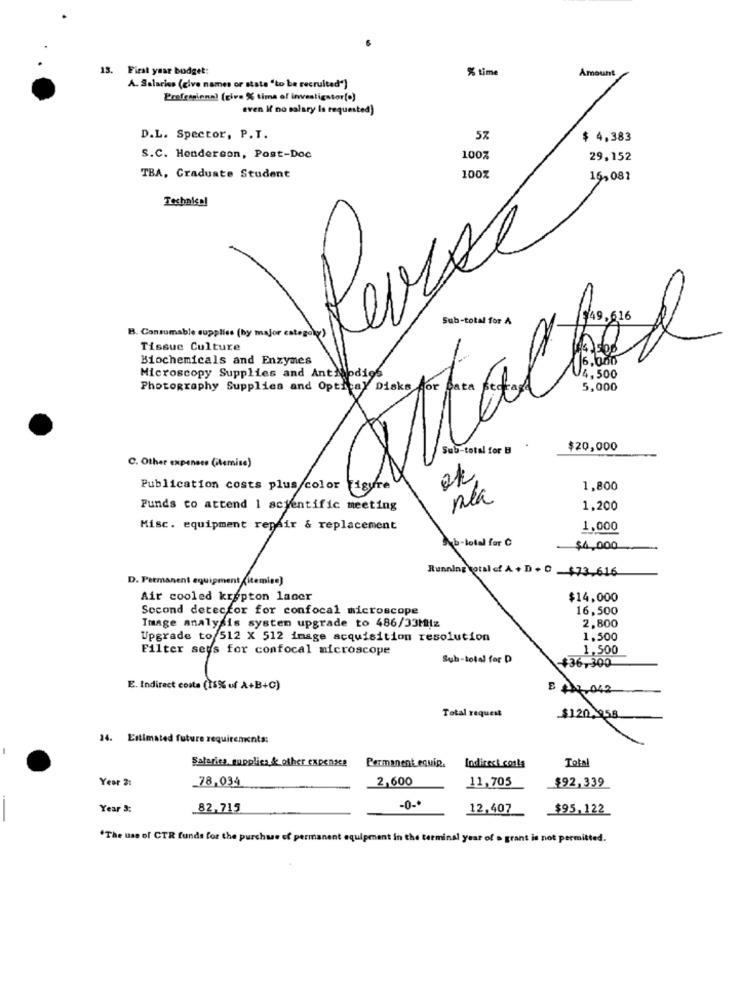
13.
First year budget:
% time
Amount
A. Salaries (give names or state "to be recruited"]
Professional (give % time of investigator[o)
even If no salary Is requested)
D.L. Spector, P.T.
5%
$ 4,383
S.C. Henderson, Post-Doc
100%
29,152
TBA, Graduate Student
15,081
Technical
Revise
Sub-total for A
B. Consumable supplies (by major category')
Tissue Culture
Biochemicals and Enzymes
Microscopy Supplies and AntNodige
$20,000
C. Other expenses (itemise)
1,800
n/a
1,200
1,000
Sub-total før C
$4,000
Running total of A + D + D . $73.616
D. Permanent equipment (itemise)
Air cooled krypton lacer
$14,000
Second detector for confocal microscope
16,500
2,800
Image analysis systen upgrade to 486/33MHz
Upgrade to 512 X 512 image acquisition resolution
1.500
Filter sets for confocal microscope
1,500
Sub-total for D
+36,300
E. Indirect costa (15%% of A+B+C)
E 27.042
Total request
$120.958
24. Estimated future requirements:
Salarica, supplica & other expenses
Total
Permanent equiR.
Indirect conla
Year 2:
78,034
2,600
11,705
$92,339
Year 3:
82,715
-0-
12,407
$95,122
"The use of CTR funds for the purchase of permanent equipment in the terminal year of o grant is not permitted.